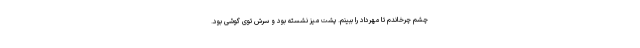
چشم چرخاندم تا مهرداد را ببینم. پشت میز نشسته بود و سرش توی گوشی بود.